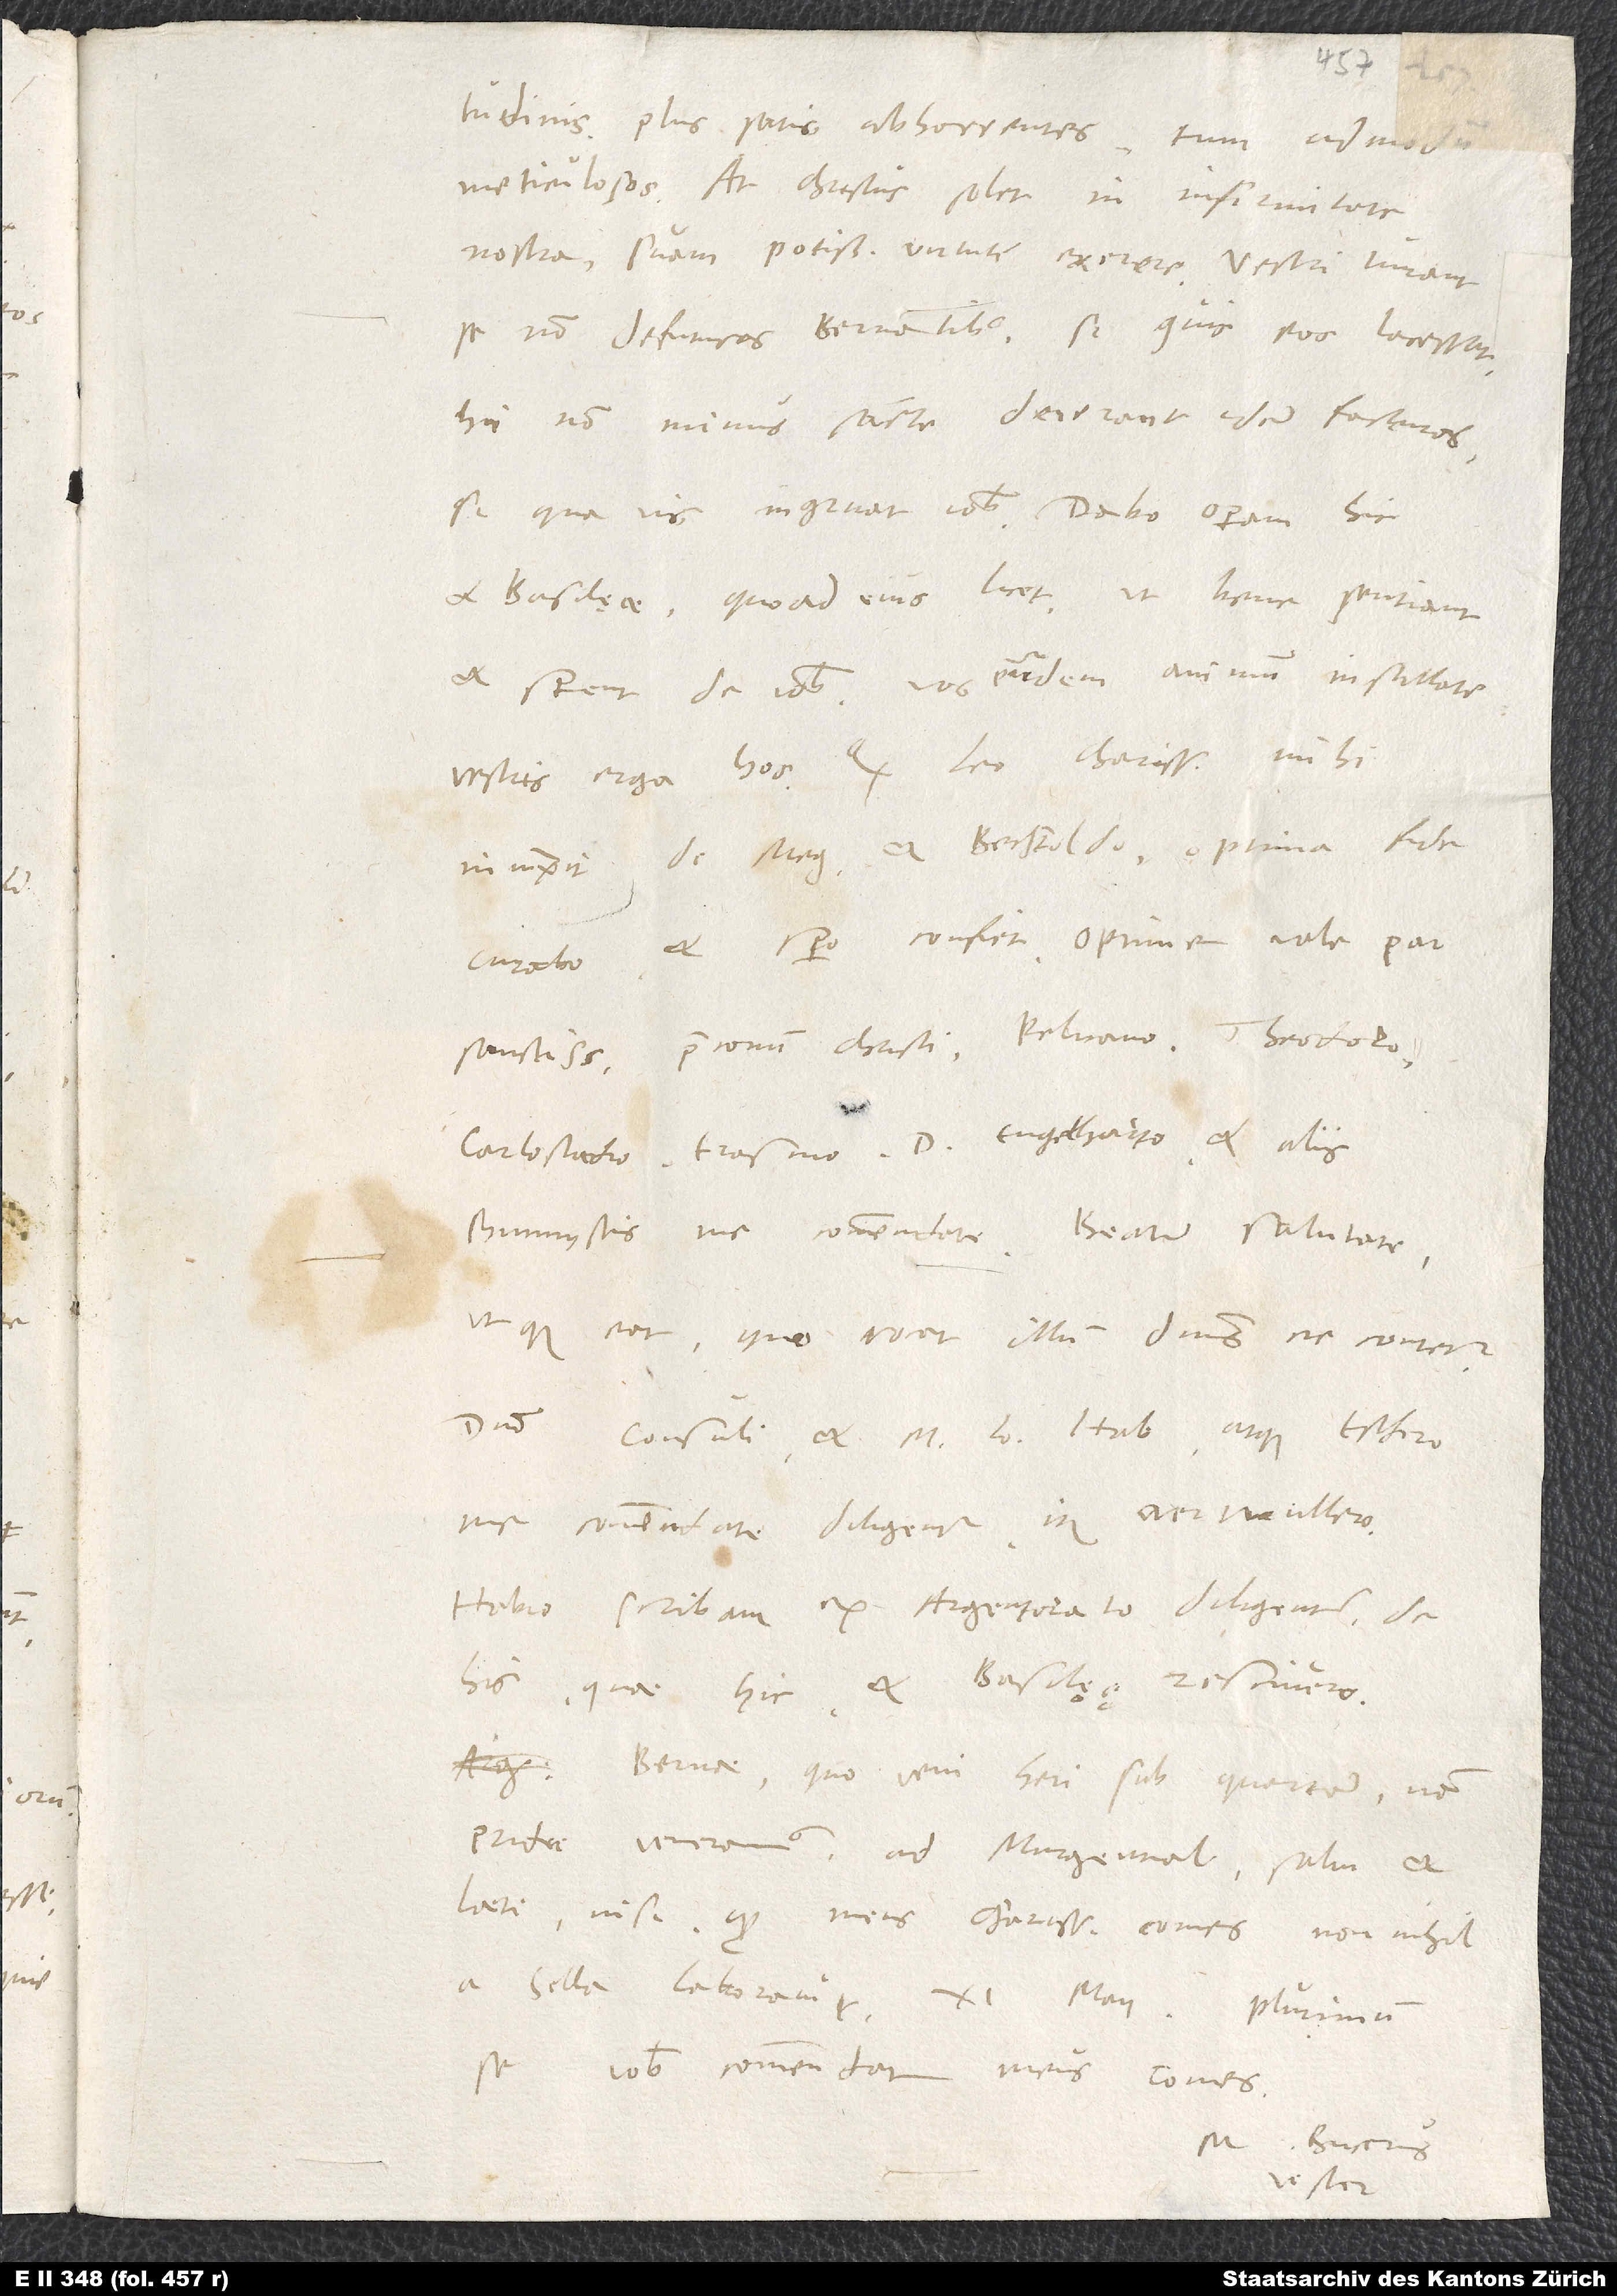
inquietudinis plus satis abhorrentes, tum admodum
meticulosos. At Christus solet in infirmitate
nostra suam potissimum virtutem exerere. Vestri iurant
se non defuturos Bernatibus, si quis eos lacessat.
Hi non minus sancte deierant idem facturos,
si qua vis ingruat vobis. Dabo operam hic
et Basilęae, quoad eius licet, ut bene sentiant
et sperent de vobis. Vos eundem animum instillate
vestris erga hos. Quod Leo charissimus mihi
iniunxit de Meg et Bechtoldo, optima fide
sanctissimum praeconum Christi. Pelicano, Theodoro,
Carlostadio, Erasmo, D. Engelharto et aliis
symmystis me commendate. Beatum salutate,
utque eat, quo vocat illum dominus, ne contetur.
Domino consuli et m. Io. Hab atque Eschero
me commendate diligenter, item Wertmullero.
Habio scribam ex Argentorato diligenter de
his, quae hic et Basilęę, rescivero.
Bernae, quo veni heri sub quartam - nam
pridie veneramus ad Murgental salvi et
laeti, nisi quod meus charissimus comes non nihil
a sella laboravit -, 11. maii. Plurimum
se vobis commendat meus comes.
M. Bucerus
vester.